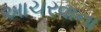
આચરવાના